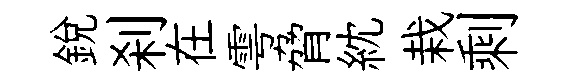
銳刹在雩脅紞栽剩